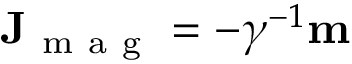
\mathbf { J } _ { \mathrm { ~ m ~ a ~ g ~ } } = - \gamma ^ { - 1 } \mathbf { m }